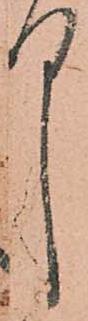
中